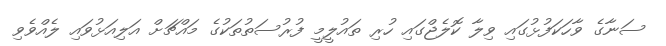
ސަނާގެ ވާހަކަފުޅުގައި ވިލާ ކޮލެޖްގައި ހުރި ތައުލީމީ ފުރުސަތުތަކުގެ މައްޗަށް އަލިއަޅުވައި ލެއްވެވި